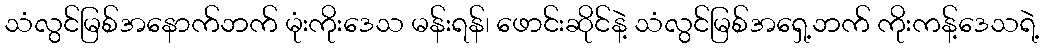
သံလွင်မြစ်အနောက်ဘက် မုံးကိုးဒေသ မန်းရန်၊ ဖောင်းဆိုင်နဲ့ သံလွင်မြစ်အရှေ့ဘက် ကိုးကန့်ဒေသရဲ့